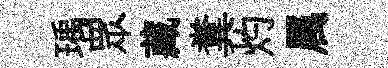
瑀眾藏糞灼属